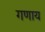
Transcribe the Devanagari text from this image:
गणाय